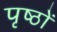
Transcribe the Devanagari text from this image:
पृष्‍ठों